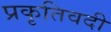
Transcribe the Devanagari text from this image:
प्रकृतिवदी